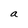
Character: a